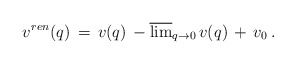
\begin{align*}v^{ren}(q)\,=\,v(q)\,-\overline{\lim}_{q\to 0}\,v(q)\,+\,v_0\,{.}\end{align*}